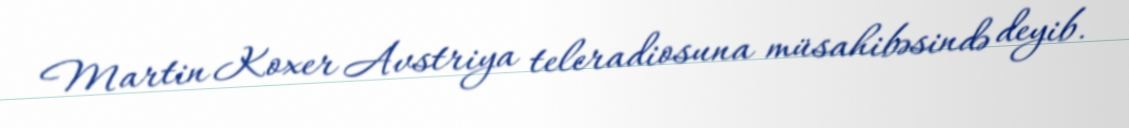
Martin Koxer Avstriya teleradiosuna müsahibəsində deyib.